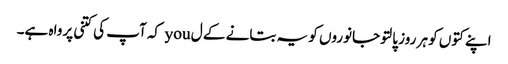
اپنے کتوں کو ہر روز پالتو جانوروں کو یہ بتانے کے ل you کہ آپ کی کتنی پرواہ ہے۔